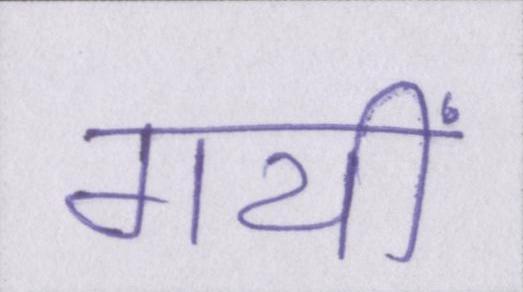
गयीं